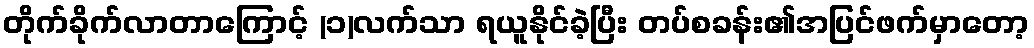
တိုက်ခိုက်လာတာကြောင့် (၁)လက်သာ ရယူနိုင်ခဲ့ပြီး တပ်စခန်း၏အပြင်ဖက်မှာတော့